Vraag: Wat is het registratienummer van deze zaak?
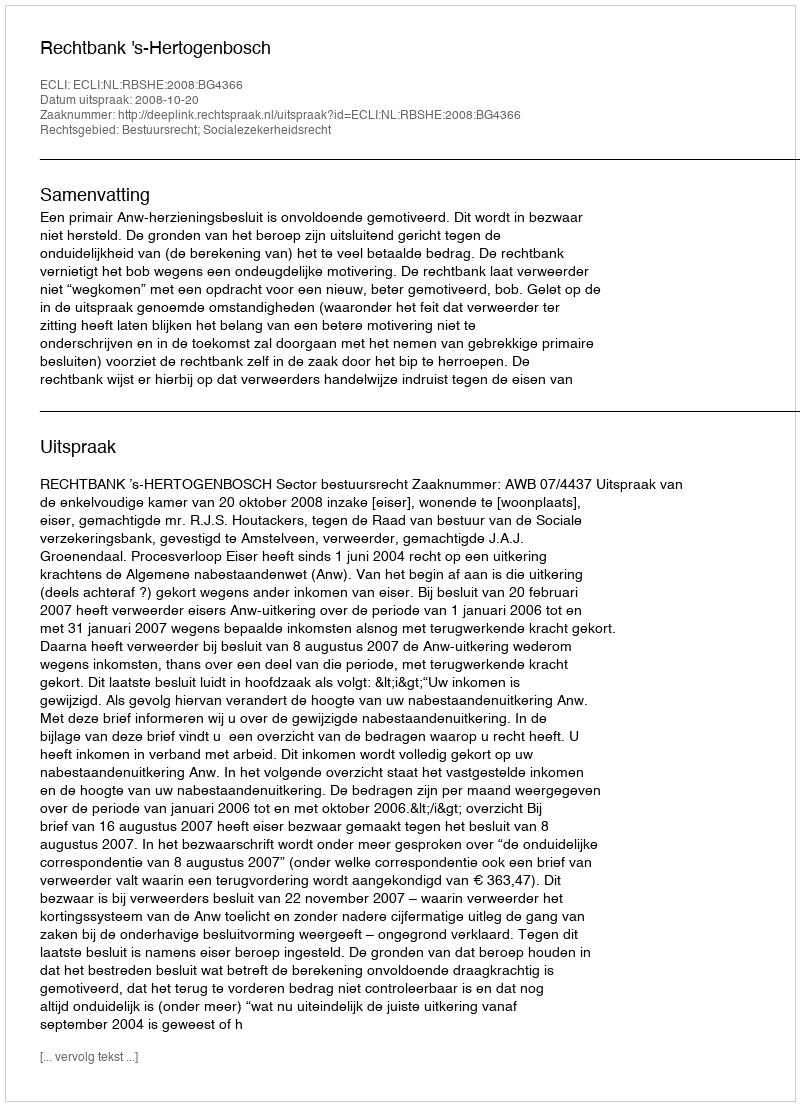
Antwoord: http://deeplink.rechtspraak.nl/uitspraak?id=ECLI:NL:RBSHE:2008:BG4366